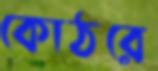
কোঠরে